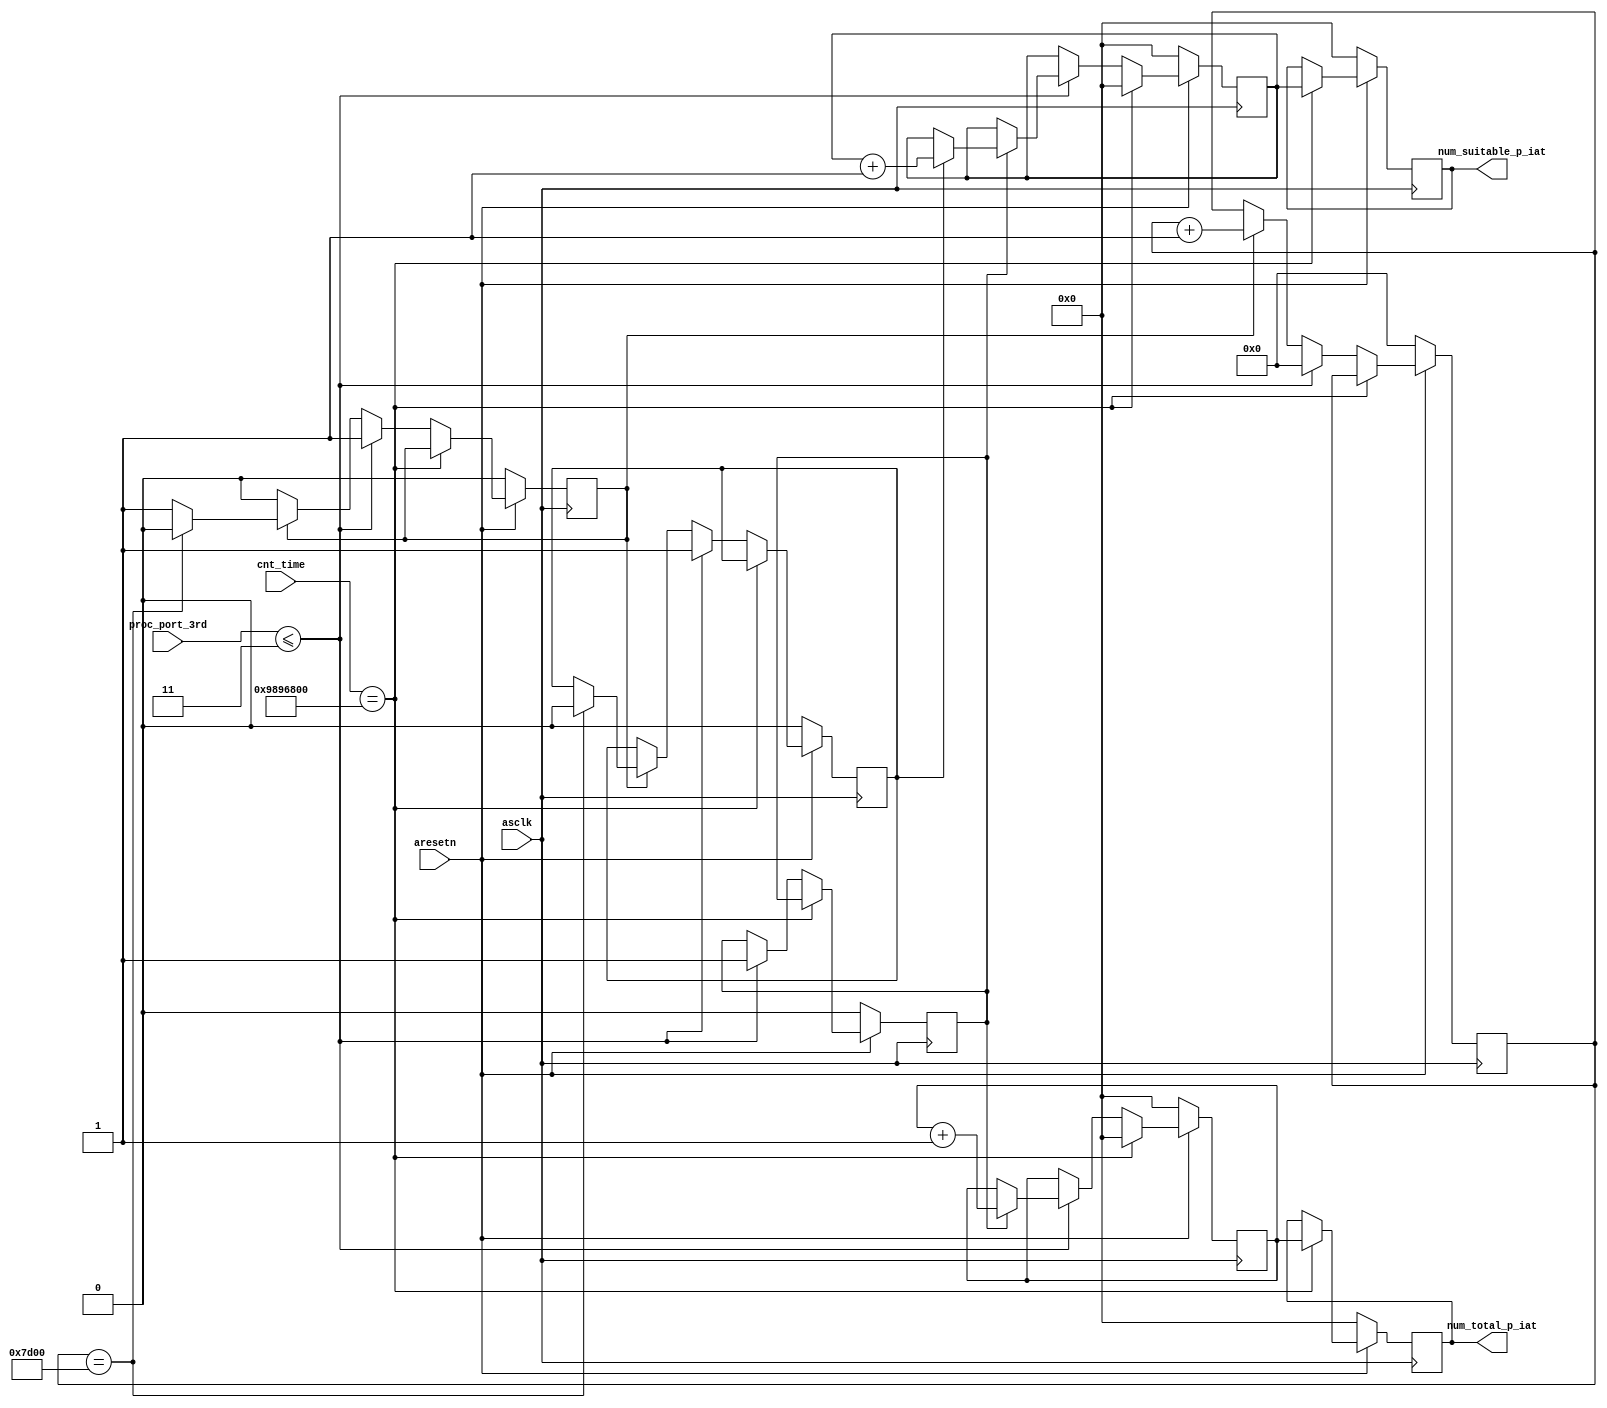
module f_2 
(
	input asclk,
	input aresetn,

	input [27:0] cnt_time,
	input [2:0] proc_port_3rd,

	// inter-arrival time packet
   output reg [31:0] num_suitable_p_iat,
   output reg [31:0] num_total_p_iat
);

	// inter-arrival time packet
   reg [14:0] timestamp_p;
   reg enb_timestamp_p;
   reg true_p;
   reg start_cnt_p;
   reg [31:0] num_suitable_p_iat_tmp;
   reg [31:0] num_total_p_iat_tmp;

   // inter-arrival time packet
   always @(posedge asclk) begin
      if (~aresetn) begin
         start_cnt_p <= 0;
         timestamp_p <= 0;
         enb_timestamp_p <= 0;
         true_p <= 0;
         num_suitable_p_iat <= 0;
         num_total_p_iat <= 0;
         num_suitable_p_iat_tmp <= 0;
         num_total_p_iat_tmp <= 0;
      end
      else begin
         if (cnt_time == 28'd160000000) begin   // 1 second
            num_suitable_p_iat <= num_suitable_p_iat_tmp;
            num_total_p_iat <= num_total_p_iat_tmp;
            num_suitable_p_iat_tmp <= 0;
            num_total_p_iat_tmp <= 0;
         end
         else if (proc_port_3rd <= 3) begin
            timestamp_p <= 0;
            enb_timestamp_p <= 1'b1;
            true_p <= 1'b1;
            if (~start_cnt_p) begin
               start_cnt_p <= 1;
            end
            else begin
               num_total_p_iat_tmp <= num_total_p_iat_tmp + 1;
               if (true_p) begin // 0.2ms
                  num_suitable_p_iat_tmp <= num_suitable_p_iat_tmp + 1;
               end
            end
         end
         else if (enb_timestamp_p) begin
            timestamp_p <= timestamp_p + 1;
            if (timestamp_p == 15'd32000) begin
               true_p <= 0;
               enb_timestamp_p <= 0;
            end
         end
      end
   end

endmodule